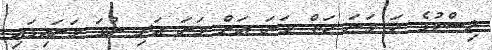
ލިސްޓުގެ ހަ ވަނަ ހަތް ވަނަ އަށް ވަނަ އަދި ނުވަ ވަނައިގައި